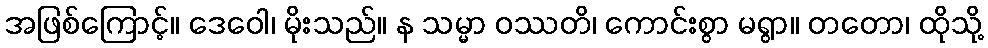
အဖြစ်ကြောင့်။ ဒေဝေါ၊ မိုးသည်။ န သမ္မာ ဝဿတိ၊ ကောင်းစွာ မရွာ။ တတော၊ ထိုသို့